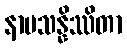
နာမသန္နိဿိတာ